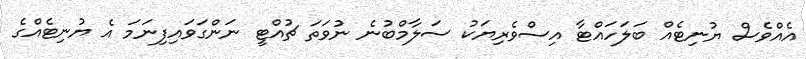
އެއްވެސް ޔުނިޓެއް ބަލަހައްޓާ އިސްވެރިޔަކު ސަލާމްބުނެ ނުވަތަ ޗުއްޓީ ނަންގަވައިފިނަމަ އެ ޔުނިޓެއްގެ